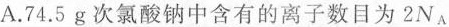
A.74.5g次氯酸钠中含有的离子数目为2N_{A}